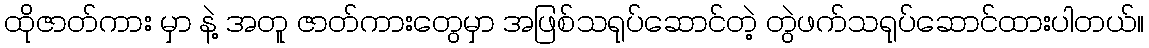
ထိုဇာတ်ကား မှာ နဲ့ အတူ ဇာတ်ကားတွေမှာ အဖြစ်သရုပ်ဆောင်တဲ့ တွဲဖက်သရုပ်ဆောင်ထားပါတယ်။